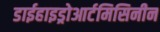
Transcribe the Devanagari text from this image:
डाईहाइड्रोआर्टमिसिनीन